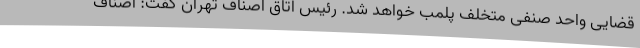
قضایی واحد صنفی متخلف پلمب خواهد شد. رئیس اتاق اصناف تهران گفت: اصناف